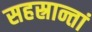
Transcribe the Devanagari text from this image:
सहस्रान्तां